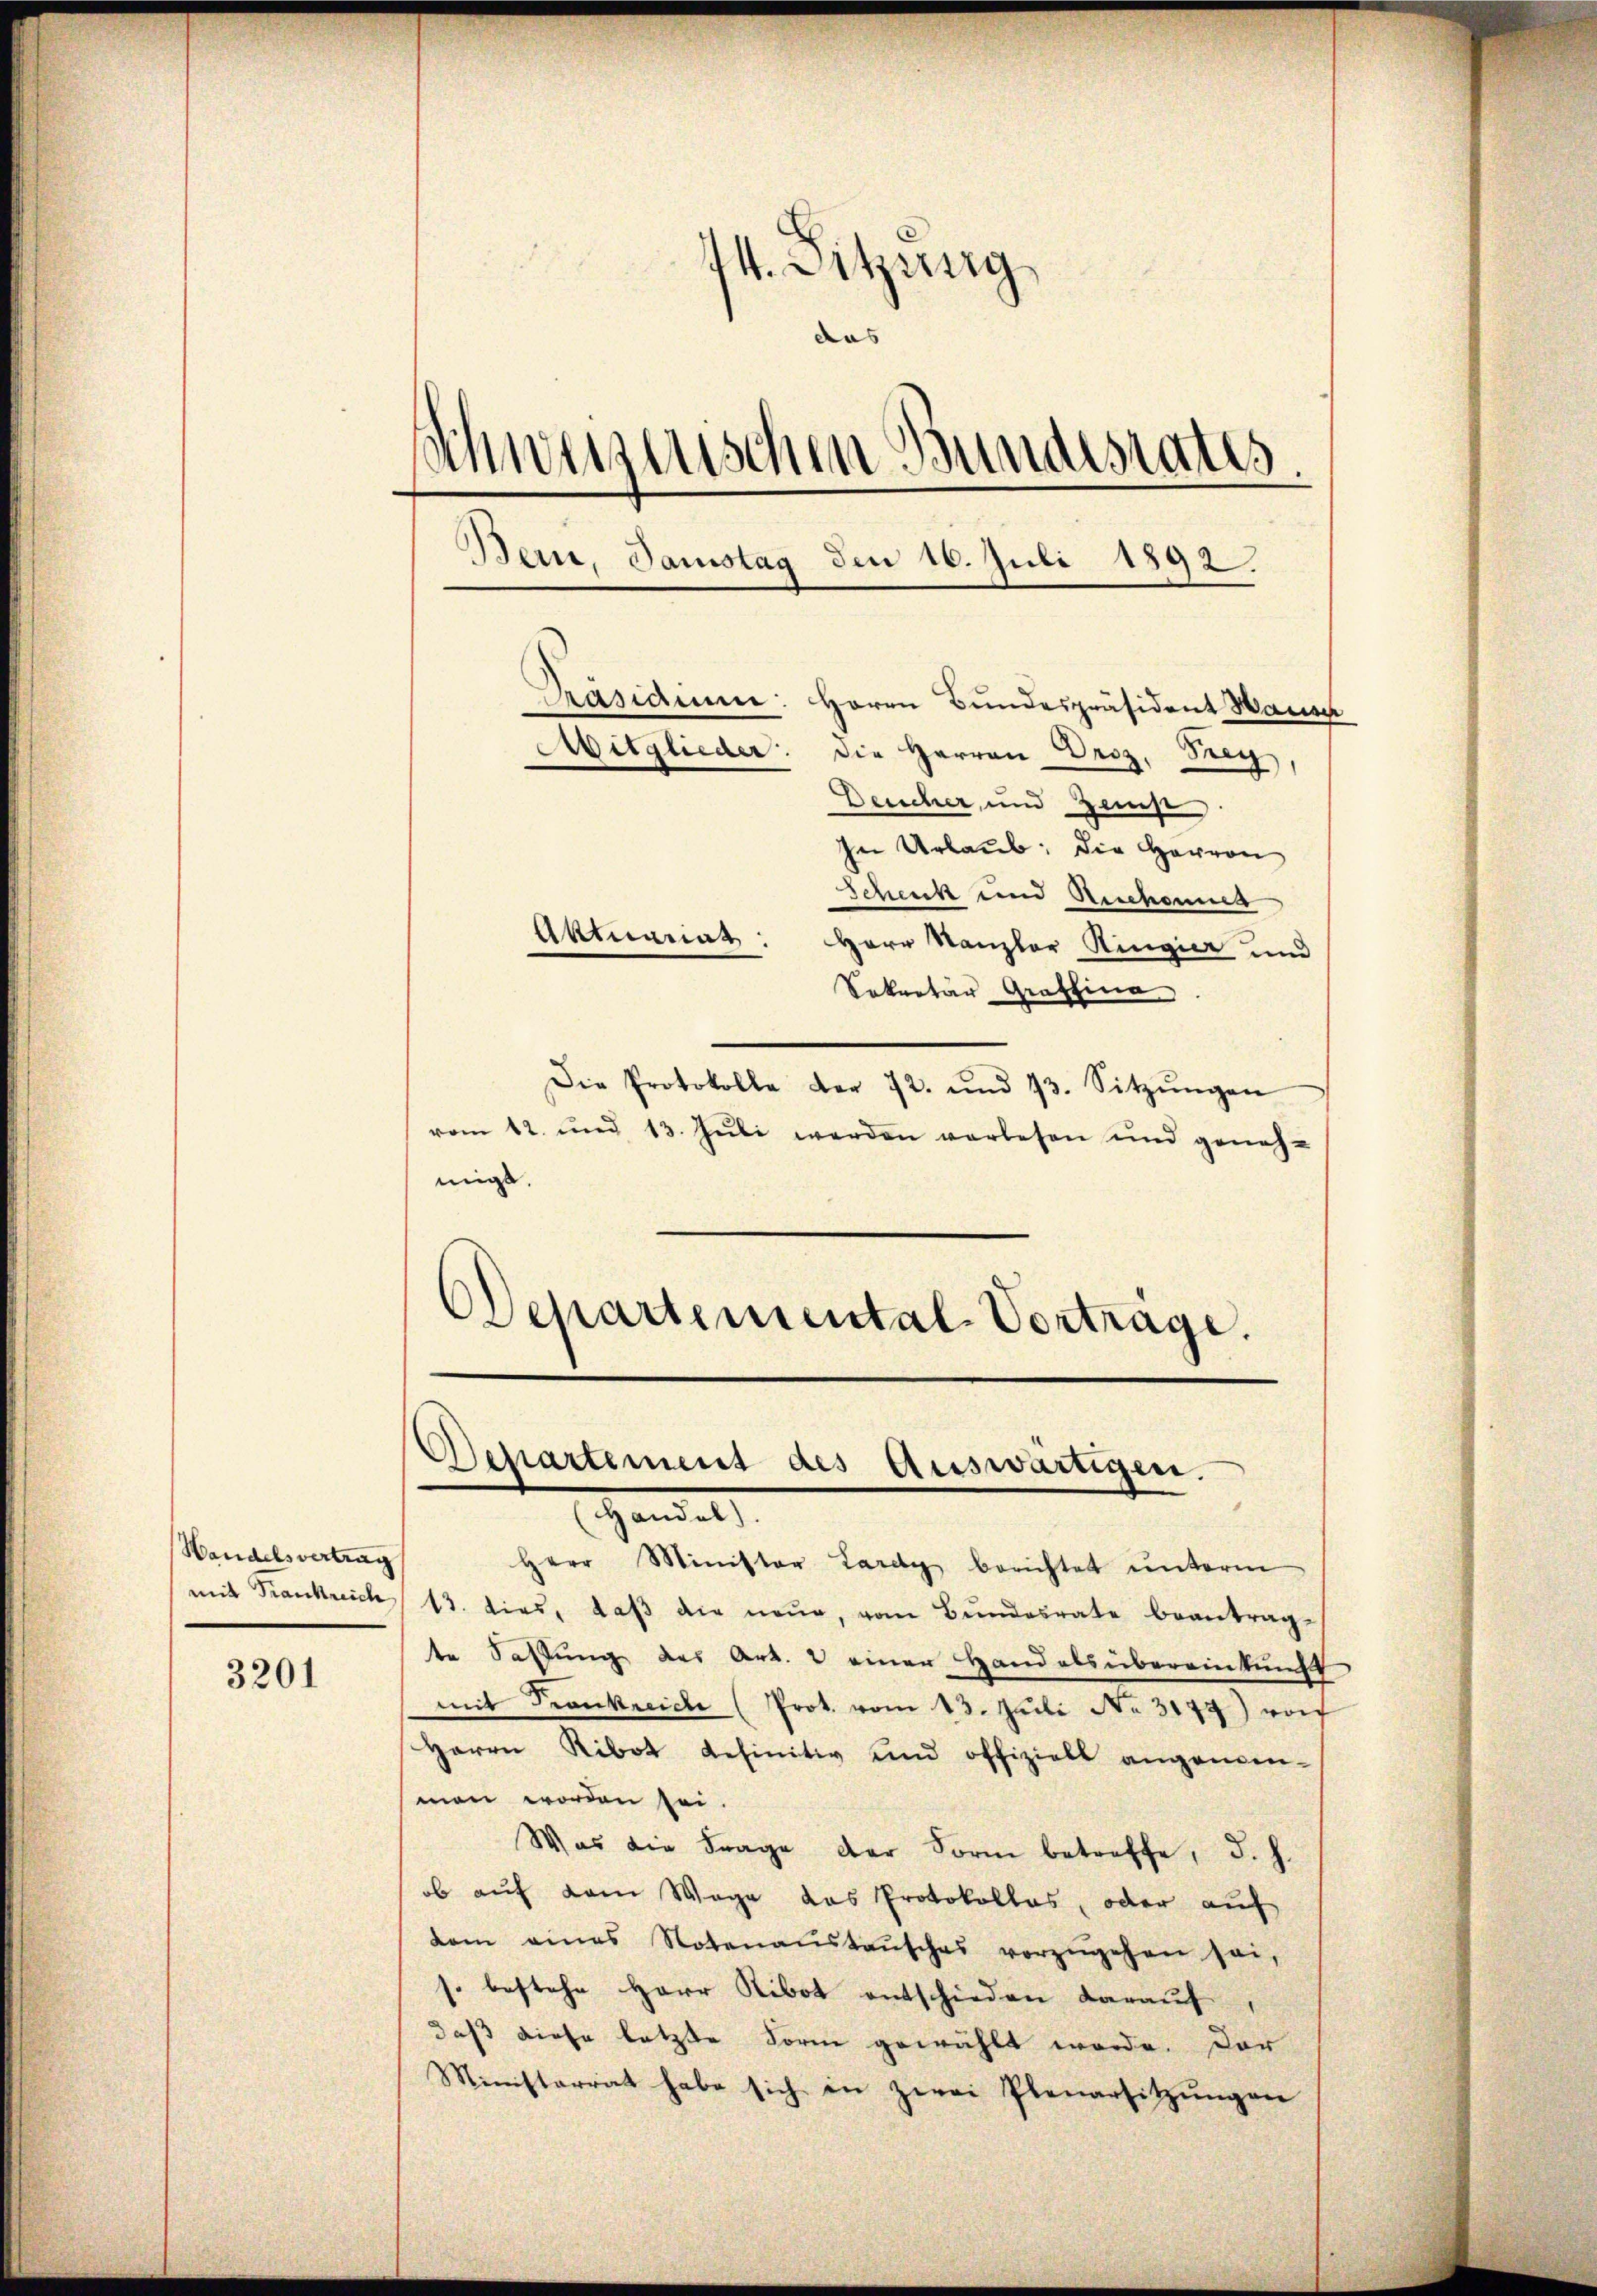
Wandelsvertrag

3201

74. Sitzung,
das |
schweizerischen Bundesrates.
Bein, Samstag den 10. Juli 1892.
Pasaum.
Herrn Bundespräsident Hausch
Mitglieder: die Herren Droz, Frey
Deucher, und Zunft.

In Urlaub, die Herren
Schenk und Ruchannes
Aktuariats: Herr Kanzler Ringier und
Sekretär Graffina
Die Protokolle vor 12. und 13. Sitzŭngen
vom 12. und 13. Juli werden vorlesen und geneh-
migt.

Departemental-Vortrage.
Departement des Auswärtigen.
Hand al

Herr Minister Lardy berichtet ŭnterm
mit Frankreich 13. dies, daβ die neŭe, vom Bŭndesrate beantrag-
te Saftung des Art. 2 einer Handals übereinkunft
mit Frankreiche (Prot. vom 13. Juli No 3179) wof
Herrn Ribot definitiv und offizielt angenen-
men worden sei.
Was die Frage der Form betreffe, d. h.
ob auf dem Wege das Protokolles, oder auf
dam eines Notenanstaŭsches vorzŭgehen sei,
s. bestehe Herr Ribot entschieden darauf,
daß diese letzte Form gewählt werde. Der
Ministerrat habe sich in zwei Plenarsitzŭngen